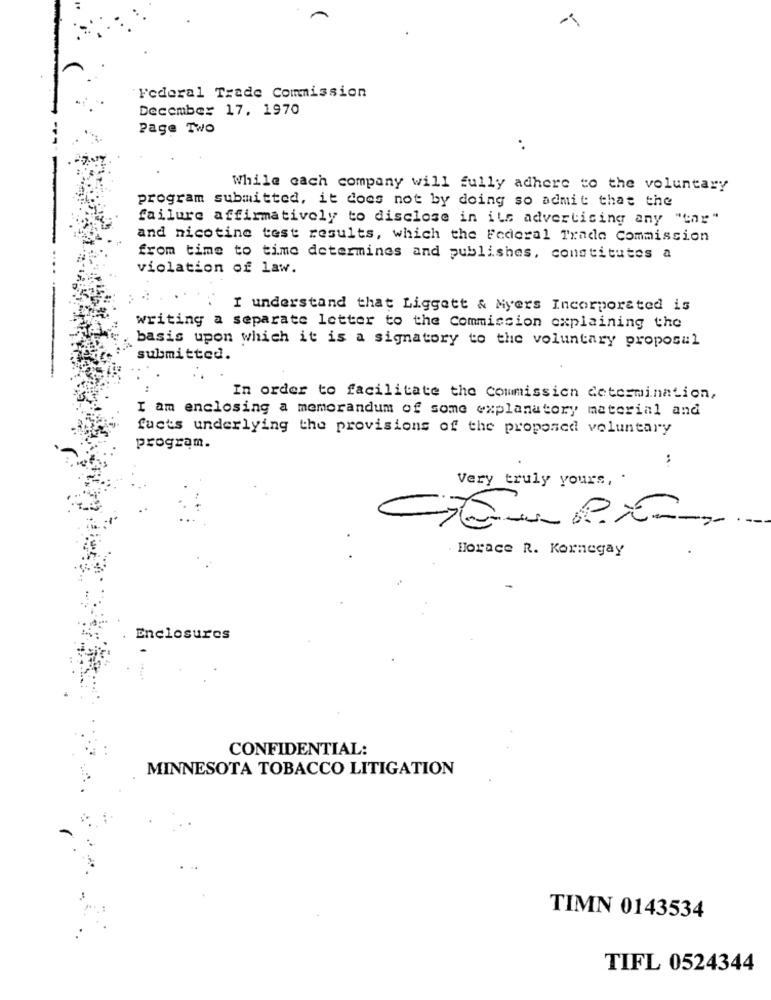
Federal Trade Commission
December 17, 1970
Page Two
..
While cach company will fully adhere to the voluntary
program submitted, it does not by doing so admit that the
failure affirmatively to disclose in ils advertising any "tar"
and nicotine test results, which the Federal Trade Commission
from time to time determines and publishes, constitutes a
violation of law.
I understand that Liggett & Myers Incorporated is
writing a separate letter to the Commission explaining the
basis upon which it is a signatory to the voluntary proposal
submitted.
:
In order to facilitate the Commission determination,
I am enclosing a memorandum of some explanatory material and
facts underlying the provisions of the proposed voluntary
program.
..
Very truly yours, .
Horace R. Kornegay
Enclosures
CONFIDENTIAL:
MINNESOTA TOBACCO LITIGATION
TIMN 0143534
TIFL 0524344